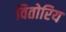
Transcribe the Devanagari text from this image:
वितोरिय